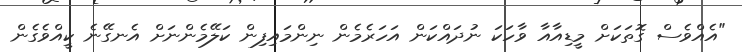
"އެއްވެސް ގޮތަކަށް މީޑިއާއާ ވާހަަކަ ނުދައްކަން އަހަރެމެން ނިންމައިފިން ކަލޭމެންނަށް އެނގޭނެ ކީއްވެގެން